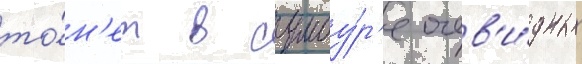
то́н'ет в сумбу́р'е очев'и́дных